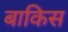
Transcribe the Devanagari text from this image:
बाकिस